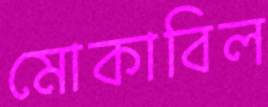
মোকাবিল